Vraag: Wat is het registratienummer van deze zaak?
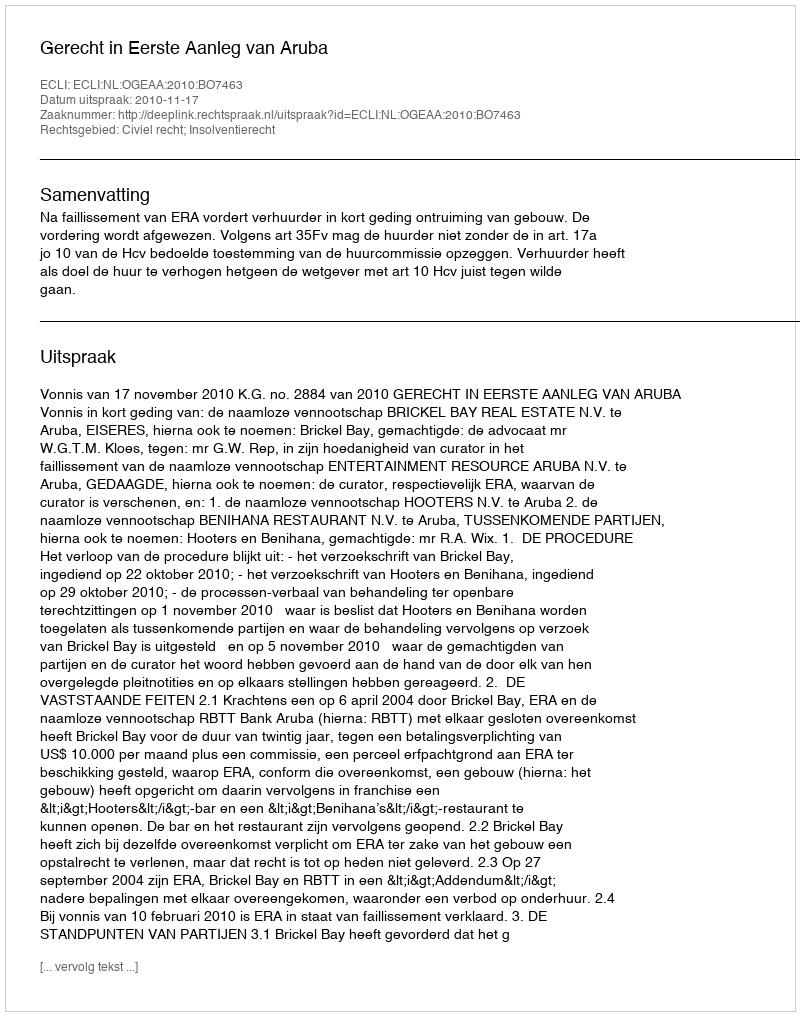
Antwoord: http://deeplink.rechtspraak.nl/uitspraak?id=ECLI:NL:OGEAA:2010:BO7463